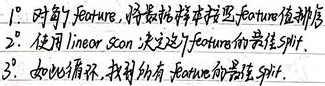
1. 对于每个 feature，将数据样本按照 feature 值排序
2. 使用 linear - scan 决定这个 feature 的最佳 split.
3. 如此循环，找到所有 feature 的最佳 split.